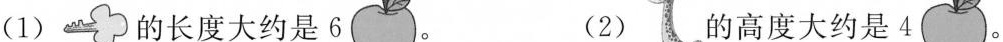
(1)的长度大约是6。 (2) 的高度大约是4。